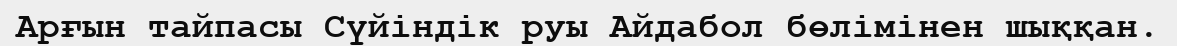
Арғын тайпасы Сүйіндік руы Айдабол бөлімінен шыққан.